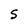
Character: S